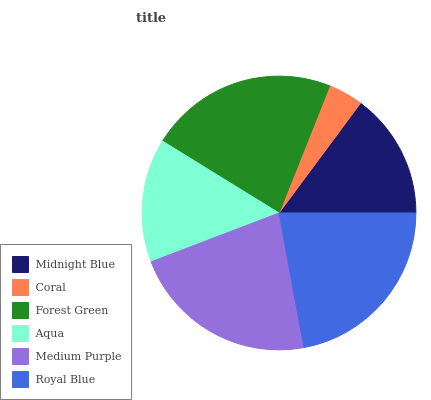
| Midnight Blue | Coral | Forest Green | Aqua | Medium Purple | Royal Blue |
 | --- | --- | --- | --- | --- | --- |
 | 14.8% | 4.12% | 22.3% | 14.6% | 22.1% | 22.1% |